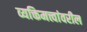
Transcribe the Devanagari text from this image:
व्यक्तिमत्त्वांवरील